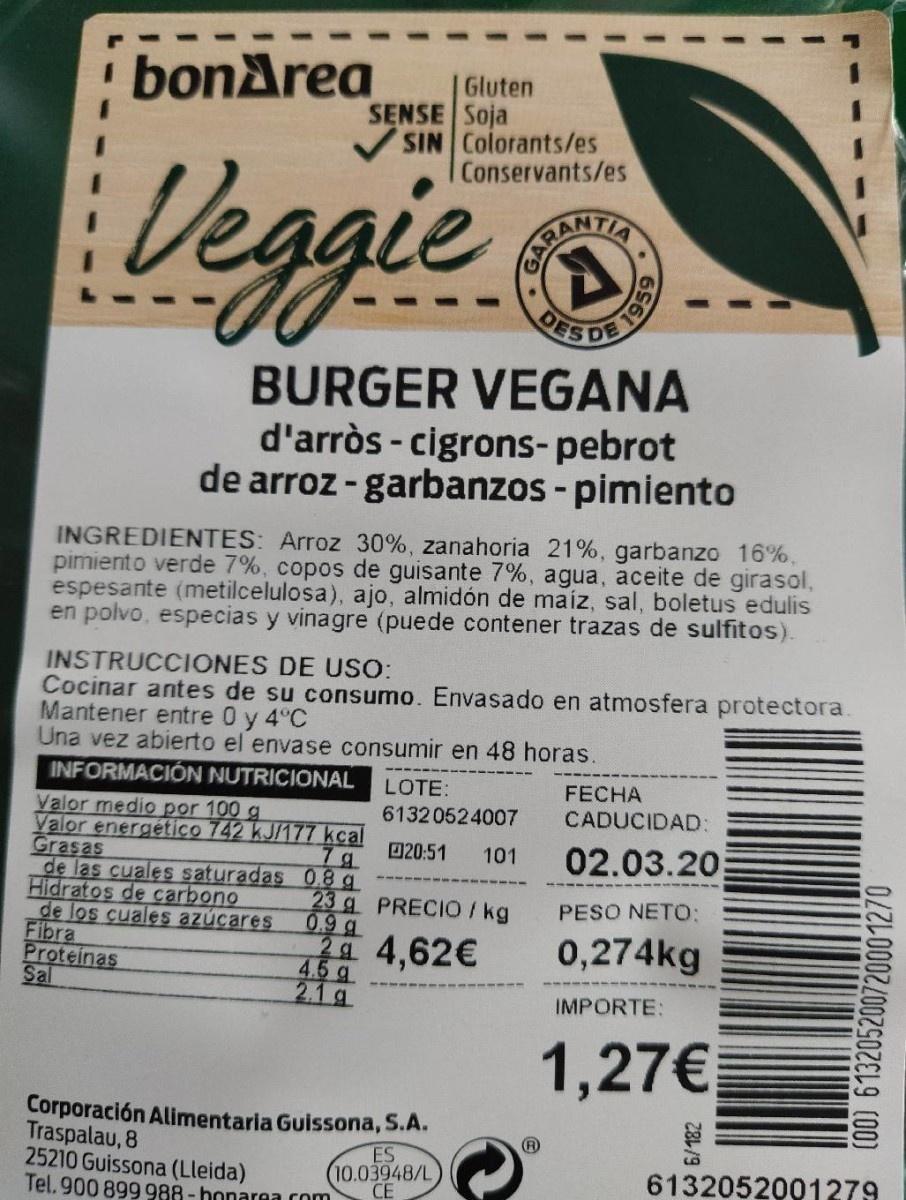
' bonArea Gluten SENSE Soja SIN Colorants/es Conservants/es Veggie ORANTA BURGER VEGANA DE 1959 d'arròs - cigrons-pebrot de arroz -garbanzos - pimiento %3D INGREDIENTES: Arroz 30%, zanahoria 21%, garbanzo 16%, pimiento verde 7%, copos de guisante 7%, agua, aceite de girasol, espesante (metilcelulosa), ajo, almidón de maiz, sal, boletus edulis en polvo, especias y vinagre (puede contener trazas de sulfitos). INSTRUCCIONES DE USO: Cocinar antes de su consumo. Envasado en atmosfera protectora. Mantener entre 0 y 4°C Una vez abierto el envase consumir en 48 horas. INFORMACIÓN NUTRICIONAL LOTE: 6132 0524007 FECHA Valor medio por 100 g Valor energético 742 kJ/177 kcal Grasas de las cuales saturadas 0.8 g Hidratos de carbono de los cuales azúcares Fibra Proteinas Sal CADUCIDAD: 02.03.20 7g 020:51 101 23 g PRECIO /kg 0.9 g 4,62€ PESO NETO: 0,274kg 4.5 g 2.1 g IMPORTE: 1,27€ Corporación Alimentaria Guissona, S.A. Traspalau, 8 25210 Guissona (Lleida) Tel. 900 899988 - honarea com ES 10.03948/L CE 6132052001279 Z8L/9 (O0) 613205200720001270